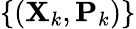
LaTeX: \{ (\mathbf{X}_{k},\mathbf{P}_{k})\}